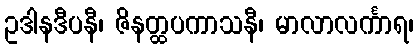
ဥဒါနဒီပနီ၊ ဇိနတ္ထပကာသနီ၊ မာလာလင်္ကာရ၊